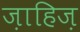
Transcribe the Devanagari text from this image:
ज़ाहिज़